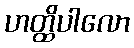
ဟတ္ထိပါလော